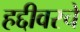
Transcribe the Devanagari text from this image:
हद्दीवरचे